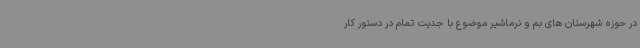
در حوزه شهرستان های بم و نرماشیر موضوع با جدیت تمام در دستور کار